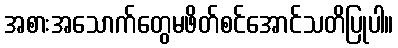
အစားအသောက်တွေမဖိတ်စင်အောင်သတိပြုပါ။